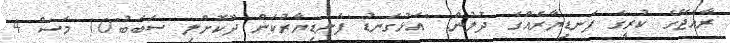
ރާއްޖޭގެ ކުރީގެ ފަނޑިޔާރެއްގެ ދުލުން: "އަޅުގަނޑު ފަނޑިޔާރުކަން ދޫކޮށްލި ސަބަބު"10 މަސް 4